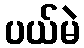
ပယ်မဲ